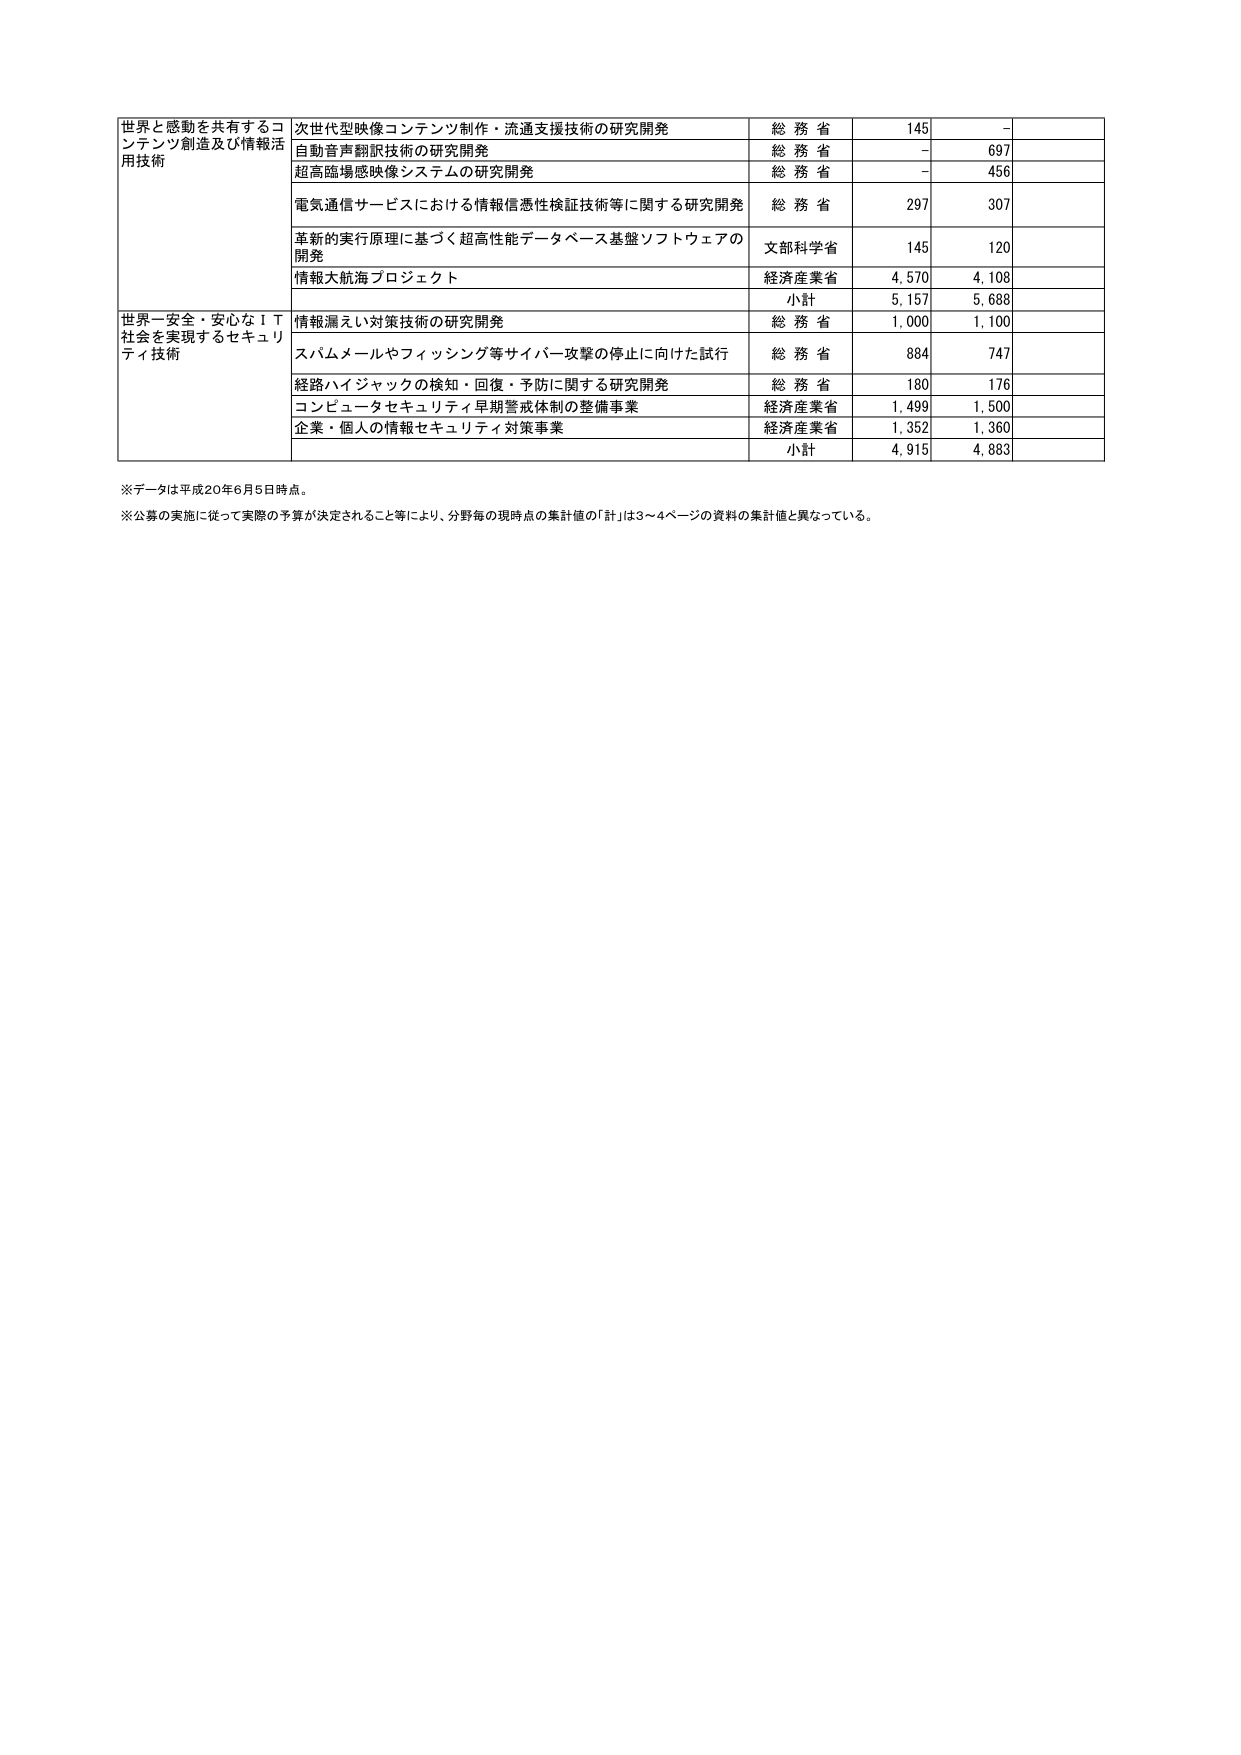
世界と感動を共有するコンテンツ創造及び情報活用技術
次世代型映像コンテンツ制作・流通支援技術の研究開発　　総務省　　145　　-
自動音声翻訳技術の研究開発　　総務省　　-　　697
超高臨場感映像システムの研究開発　　総務省　　-　　456
電気通信サービスにおける情報信憑性検証技術等に関する研究開発　　総務省　　297　　307
革新的実行原理に基づく超高性能データベース基盤ソフトウェアの開発　　文部科学省　　145　　120
情報大航海プロジェクト　　経済産業省　　4,570　　4,108